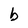
Character: b